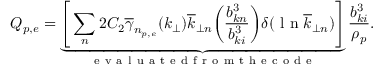
Q _ { p , e } = \underbrace { \Bigg [ \sum _ { n } 2 C _ { 2 } \overline { { \gamma } } _ { n _ { p , e } } ( k _ { \perp } ) \overline { { k } } _ { \perp n } \bigg ( \frac { b _ { k n } ^ { 3 } } { b _ { k i } ^ { 3 } } \bigg ) \delta ( \mathrm { ~ l ~ n ~ } \overline { { k } } _ { \perp n } ) \Bigg ] } _ { \mathrm { ~ e ~ v ~ a ~ l ~ u ~ a ~ t ~ e ~ d ~ f ~ r ~ o ~ m ~ t ~ h ~ e ~ c ~ o ~ d ~ e ~ } } \frac { b _ { k i } ^ { 3 } } { \rho _ { p } } .